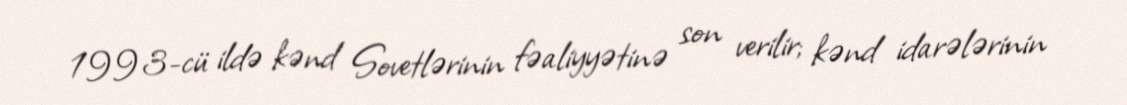
1993-cü ildə kənd Sovetlərinin fəaliyyətinə son verilir; kənd idarələrinin